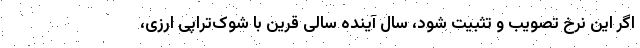
اگر این نرخ تصویب و تثبیت شود، سال آینده سالی قرین با شوک‌تراپی ارزی،